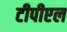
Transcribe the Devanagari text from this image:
टीपीएल